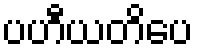
ပဟီယတိပေ